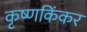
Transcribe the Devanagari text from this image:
कृष्णकिंकर